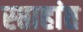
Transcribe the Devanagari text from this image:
स्प्ताहांत